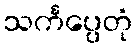
သင်္ကပ္ပေတုံ